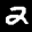
Label: 2